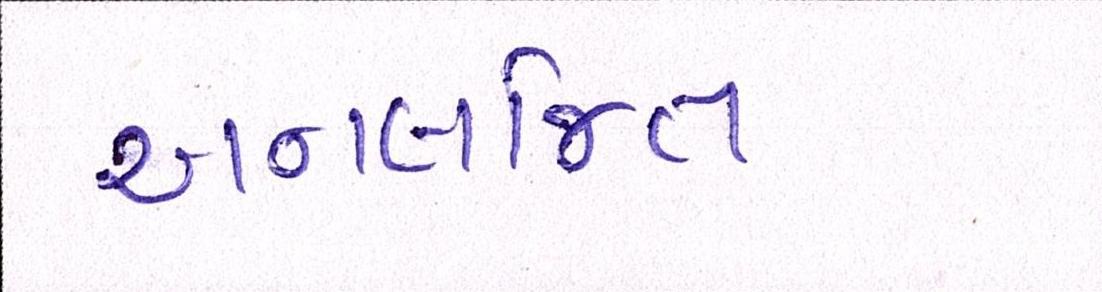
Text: અનલજિત